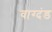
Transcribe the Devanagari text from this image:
वाग्दंड